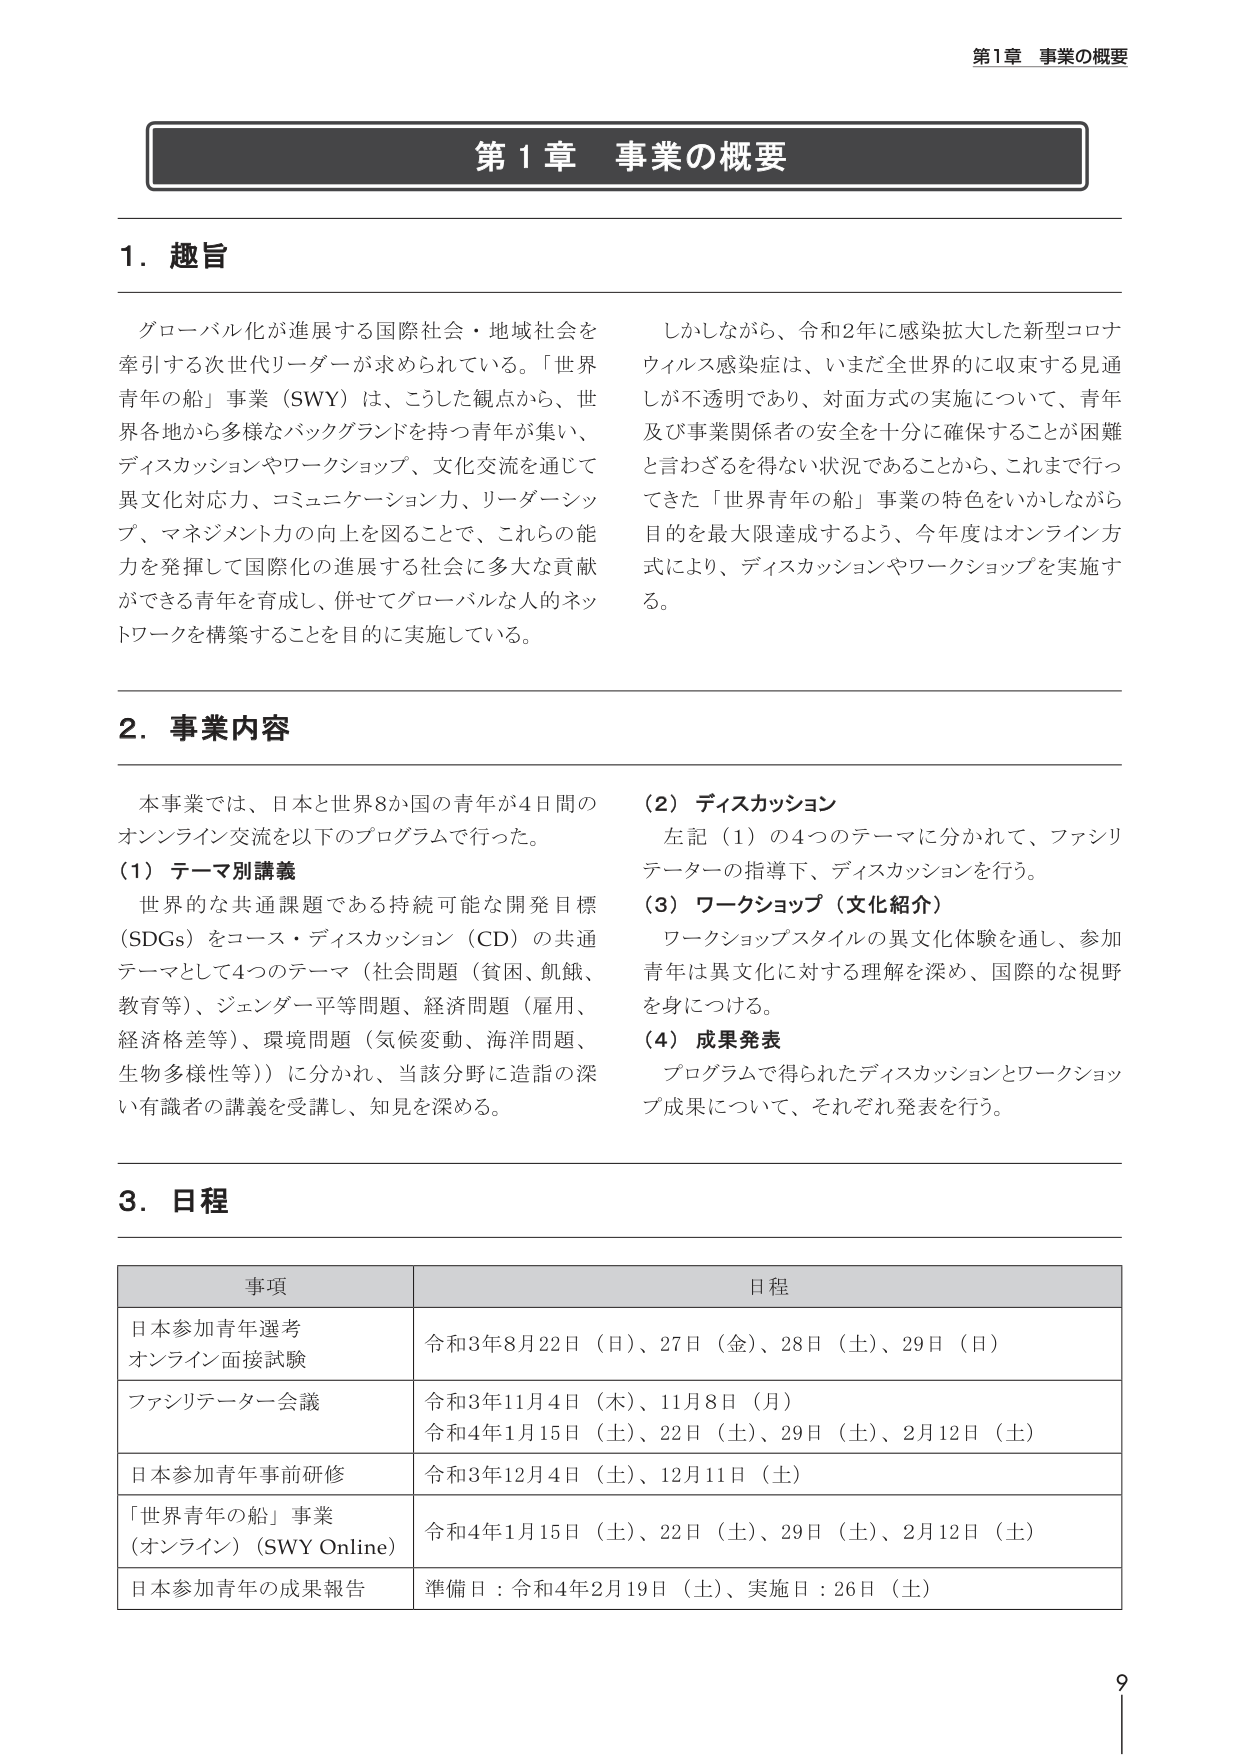
第1章 事業の概要

1. 趣旨

グローバル化が進展する国際社会・地域社会を
牽引する次世代リーダーが求められている。「世界
青年の船」事業（SWY）は、こうした観点から、世
界各地から多様なバックグラウンドを持つ青年が集い、
ディスカッションやワークショップ、文化交流を通じて
異文化対応力、コミュニケーション力、リーダーシッ
プ、マネジメント力の向上を図ることで、これらの能
力を発揮して国際化の進展する社会に多大な貢献
ができる青年を育成し、併せてグローバルな人的ネッ
トワークを構築することを目的に実施している。

しかしながら、令和2年に感染拡大した新型コロナ
ウイルス感染症は、いまだ全世界的に収束する見通
しが不透明であり、対面方式の実施について、青年
及び事業関係者の安全を十分に確保することが困難
と言わざるを得ない状況であることから、これまで行っ
てきた「世界青年の船」事業の特色をいかしながら
目的を最大限達成するよう、今年度はオンライン方
式により、ディスカッションやワークショップを実施す
る。

2. 事業内容

本事業では、日本と世界8か国の青年が4日間の
オンライン交流を以下のプログラムで行った。

（1）テーマ別講義
世界的な共通課題である持続可能な開発目標
（SDGs）をコース・ディスカッション（CD）の共通
テーマとして4つのテーマ（社会問題（貧困、飢餓、
教育等）、ジェンダー平等問題、経済問題（雇用、
経済格差等）、環境問題（気候変動、海洋問題、
生物多様性等））に分かれ、当該分野に造詣の深
い有識者の講義を受講し、知見を深める。

（2）ディスカッション
左記（1）の4つのテーマに分かれて、ファシリ
テーターの指導下、ディスカッションを行う。

（3）ワークショップ（文化紹介）
ワークショップスタイルの異文化体験を通し、参加
青年は異文化に対する理解を深め、国際的な視野
を身につける。

（4）成果発表
プログラムで得られたディスカッションとワークショッ
プ成果について、それぞれ発表を行う。

3. 日程

| 事項 | 日程 |
|---|---|
| 日本参加青年選考<br>オンライン面接試験 | 令和3年8月22日（日）、27日（金）、28日（土）、29日（日） |
| ファシリテーター会議 | 令和3年11月4日（木）、11月8日（月）<br>令和4年1月15日（土）、22日（土）、29日（土）、2月12日（土） |
| 日本参加青年事前研修 | 令和3年12月4日（土）、12月11日（土） |
| 「世界青年の船」事業<br>（オンライン）（SWY Online） | 令和4年1月15日（土）、22日（土）、29日（土）、2月12日（土） |
| 日本参加青年の成果報告 | 準備日：令和4年2月19日（土）、実施日：26日（土） |

9